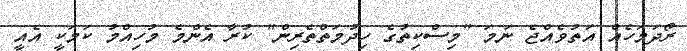
ރޯދަމަހެއް އަތުވެއްޖެ ނަމަ "މިސްކިތުގެ ހިދުމަތްތެރިން" ކުރާ އެންމެ މުހިއްމު ކަމަކީ އެއީ